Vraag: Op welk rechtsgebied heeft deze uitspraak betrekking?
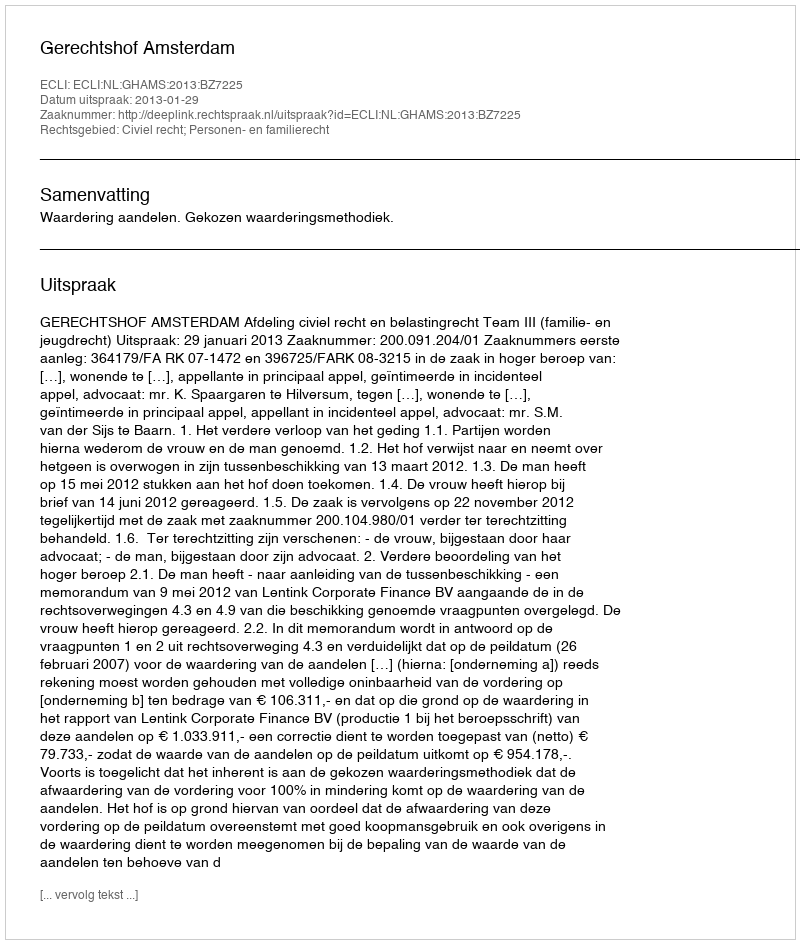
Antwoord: Civiel recht; Personen- en familierecht